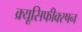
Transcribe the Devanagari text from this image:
क्र्यूसिफीक्स्षन